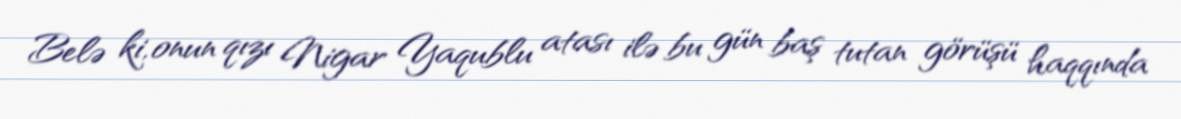
Belə ki, onun qızı Nigar Yaqublu atası ilə bu gün baş tutan görüşü haqqında